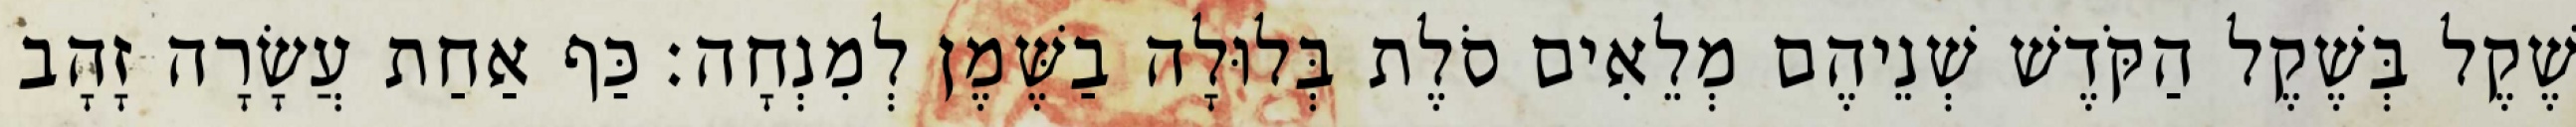
שֶׁקֶל בְּשֶׁקֶל הַקֹּדֶשׁ שְׁנֵיהֶם מְלֵאִים סֹלֶת בְּלוּלָה בַשֶּׁמֶן לְמִנְחָה׃ כַּף אַחַת עֲשָׂרָה זָהָב